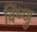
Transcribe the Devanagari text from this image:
विंष्णु